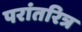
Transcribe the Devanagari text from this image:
परांतरित्र